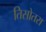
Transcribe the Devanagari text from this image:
तिसोतरा